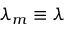
\lambda _ { m } \equiv \lambda